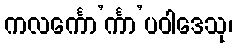
ကလင်္ကော’င်္ကာ’ပဝါဒေသု၊